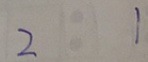
2 1